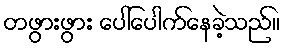
တဖွားဖွား ပေါ်ပေါက်နေခဲ့သည်။